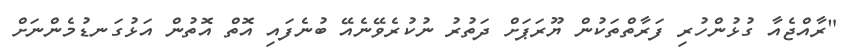
"ރާއްޖެއާ ގުޅުންހުރި ފަރާތްތަކުން ޔޫރަޕަށް ދަތުރު ނުކުރެވޭނެއޭ ބުނެފައި އޮތް އޮތުން އަޅުގަނޑުމެންނަށް